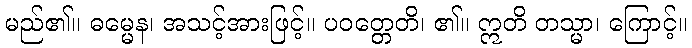
မည်၏။ ဓမ္မေန၊ အသင့်အားဖြင့်။ ပဝတ္တေတိ၊ ၏။ ဣတိ တသ္မာ၊ ကြောင့်။